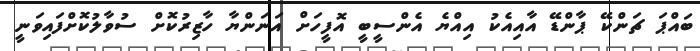
ބައްޕަ ޗަންކޭ ޕާންޑޭ އާއިއެކު އިއްޔެ އެންސީބީ އޮފީހަށް އަނަންޔާ ހާޒިރުކޮށް ސުވާލުކޮށްފައިވަަނީ